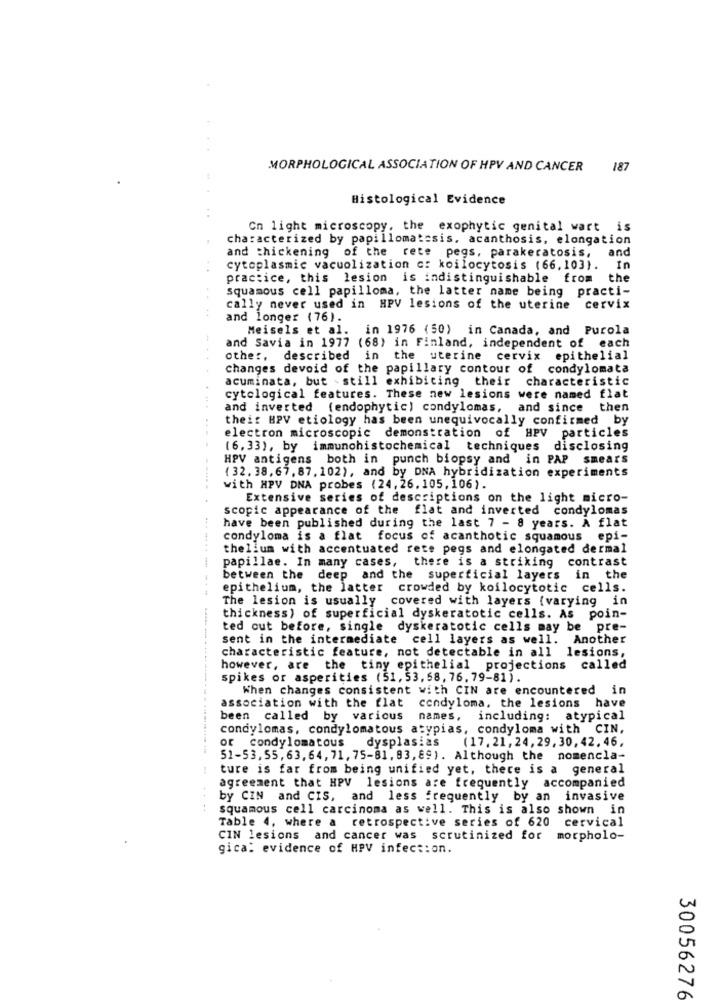
MORPHOLOGICAL ASSOCIATION OF HPV AND CANCER
187
Histological Evidence
Cn light microscopy, the exophytic genital wart is
characterized by papillomatosis. acanthosis, elongation
and thickening of the rete pegs, parakeratosis,
and
cytoplasmic vacuolization c: koilocytosis (66,103).
In
practice, this lesion is indistinguishable from the
squamous cell papilloma, the latter name being practi-
cally never used in HPV lesions of the uterine
cervix
and longer (76).
Meisels et al.
in 1976 (50) in Canada, and Purola
and Savia in 1977 (68) in Finland, independent of each
other, described in the uterine cervix epithelial
changes devoid of the papillary contour of condylomata
acuminata, but still exhibiting their characteristic
cytological features. These new lesions were named flat
and inverted (endophytic) condylomas, and since then
their BPV etiology has been unequivocally confirmed by
electron microscopic demonstration of HPV particles
(6. 33), by immunohistochemical techniques disclosing
HPV antigens both in punch biopsy and in PAP smears
( 32. 38, 67, 87, 102), and by DNA hybridization experiments
with HPV DNA probes (24, 26. 105, 106).
Extensive series of descriptions on the light micro-
scopic appearance of the flat and inverted condylomas
have been published during the last 7 - 8 years. A flat
condyloma is a flat focus of acanthotic squamous epi-
thelium with accentuated rete pegs and elongated dermal
papillae. In many cases, there is a striking contrast
between the deep and the superficial layers in the
epithelium, the latter crowded by koilocytotic cells.
The lesion is usually covered with layers (varying in
thickness) of superficial dyskeratotic cells. As poin-
ted out before, single dyskeratotic cells may be pre-
sent in the intermediate cell layers as well. Another
characteristic feature, not detectable in all lesions,
however, are the tiny epithelial projections called
spikes or asperities (51, 53, 58, 76, 79-81).
When changes consistent with CIN are encountered in
association with the flat condyloma, the lesions have
been called by various
names, including: atypical
condylomas, condylomatous atypias, condyloma with CIN,
or condylomatous
dysplasias
(17. 21, 24, 29, 30, 42. 46.
51-53,55,63,64, 71,75-81, 83,89). Although the nomencla-
ture is far from being unified yet, there is a general
agreement that HPV lesions are frequently accompanied
by CIN and CIS, and less frequently by an invasive
squamous cell carcinoma as well. This is also shown in
Table 4, where a retrospective series of 620 cervical
CIN lesions and cancer was scrutinized for morpholo-
gica: evidence of HPV infection.
30056276